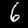
Label: 6